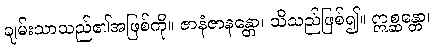
ချမ်းသာသည်၏အဖြစ်ကို။ ဇာနံဇာနန္တော၊ သိသည်ဖြစ်၍။ ဣစ္ဆန္တော၊